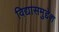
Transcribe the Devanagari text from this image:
विद्यासमुद्देश